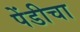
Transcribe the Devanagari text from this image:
पेंडीचा